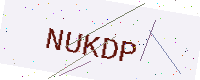
Text: NUKDP